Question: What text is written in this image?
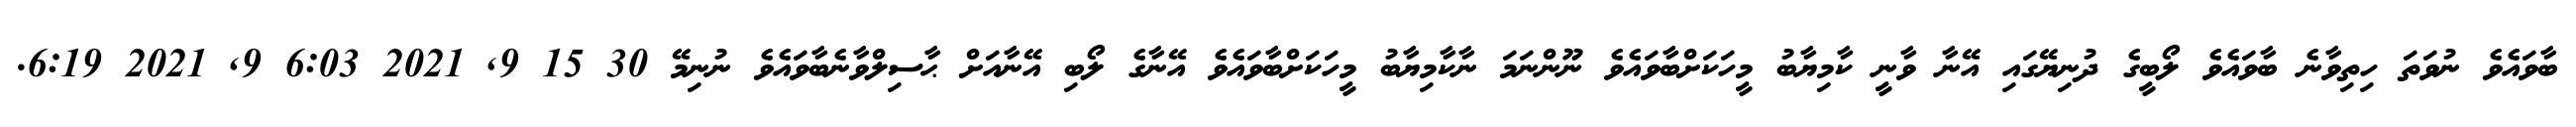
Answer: ބާވައެވެ ނުވަތަ ހިތިވާނެ ބާވައެވެ ލޯބީގެ ދުނިޔޭގައި އޭނާ ވާނީ ކާމިޔާބު މީހަކަށްބާވައެވެ ނޫންނަމަ ނާކާމިޔާބު މީހަކަށްބާވައެވެ އޭނާގެ ލޯބި އޭނާއަށް ޙާސިލްވާނެބާވައެވެ ނުނިމޭ 30 15 9, 2021 6:03 9, 2021 6:19.